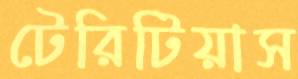
টেরিটিয়াস